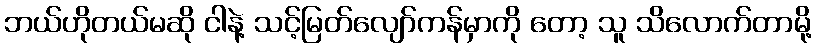
ဘယ်ဟိုတယ်မဆို ငါနဲ့ သင့်မြတ်လျော်ကန်မှာကို တော့ သူ သိလောက်တာမို့